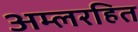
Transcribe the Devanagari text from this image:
अम्लरहित